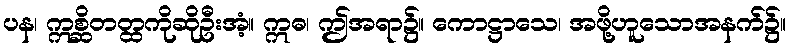
ပန၊ ဣစ္ဆိတတ္ထကိုဆိုဦးအံ့။ ဣဓ၊ ဤအရာ၌။ ကောဋ္ဌာသေ၊ အဖို့ဟူသောအနက်၌။